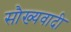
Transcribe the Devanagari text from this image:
सौख्यवादी